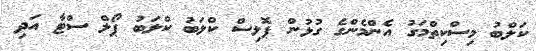
ކަލްބު މިސްކިތްމަގު އެންމެންގެ ގުޅުން ޕޮލިސް ކްލަބު ކްލަބު ޕޯލް ސްޓާ އަދި